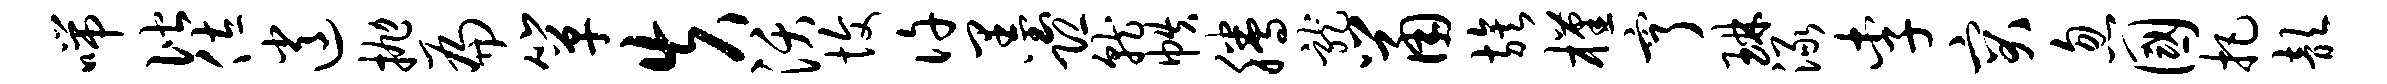
喘偕佐逍抛扁箪失沃愎许墨恐就帙腾龙鼠族槿亨琳渌李突忽国把歆